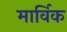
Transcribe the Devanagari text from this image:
मार्विक